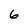
Character: 6